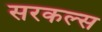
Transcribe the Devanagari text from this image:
सरकल्स